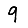
Digit: 9